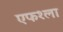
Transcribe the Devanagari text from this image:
एफ१ला